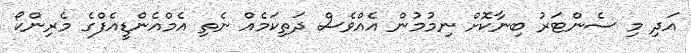
އަދި މި ސެންޓަރު ބިނާކޮށް ނިމުމުން އެއްވެސް ދަތިކަމެއް ނެތި އެމްއެންޑީއެފްގެ މެރިންކޯ